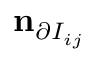
\mathbf { n } _ { \partial I _ { i j } }